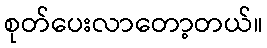
စုတ်ပေးလာတော့တယ်။